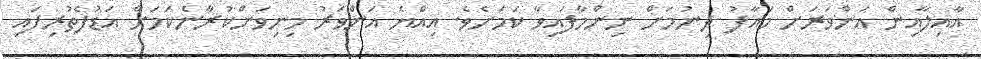
އާއިލާއިން އަންވަރަށް މައާފު ދިނުމަށް ނިންމާފައިވާ ކަމަށެވެ. އިއްޔެ އަންވަރު މިނިވަންކުރާނެކަމަށް އަޑުފެތުރިފައި